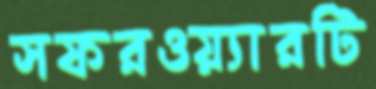
সফরওয়্যারটি